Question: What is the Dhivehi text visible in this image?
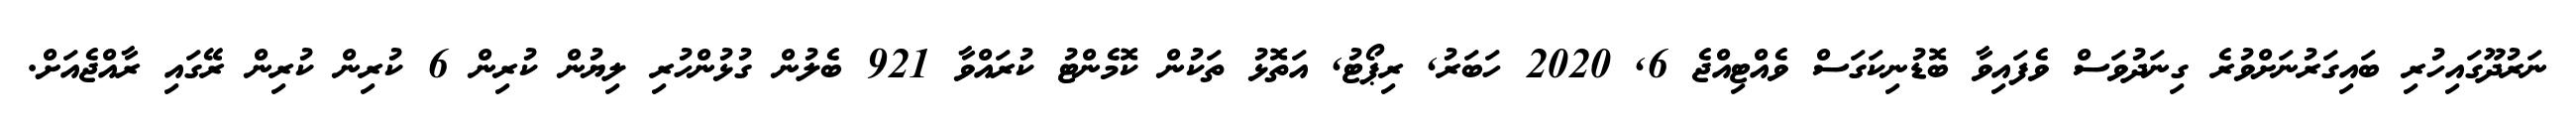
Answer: ނަރުދޫގައިހުރި ބައިގަރުނަށްވުރެ ގިނަދުވަސް ވެފައިވާ ބޮޑުނިކަގަސް ވެއްޓިއްޖެ 6, 2020 ހަބަރު, ރިޕޯޓު, އަތޮޅު ތަކުން ކޮމެންޓު ކުރައްވާ 921 ބެލުން ގުޅުންހުރި ލިޔުން ކުރިން 6 ކުރިން ކުރިން ރޭގައި ރާއްޖެއަށް.